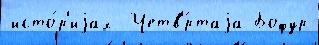
исто́р'иjах  Четв'́ртаjа Бофур